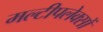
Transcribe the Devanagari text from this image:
मल्टीपलेक्सों